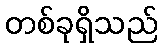
တစ်ခုရှိသည်